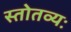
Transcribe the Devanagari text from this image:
स्तोतव्यः